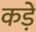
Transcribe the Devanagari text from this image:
कड़ें